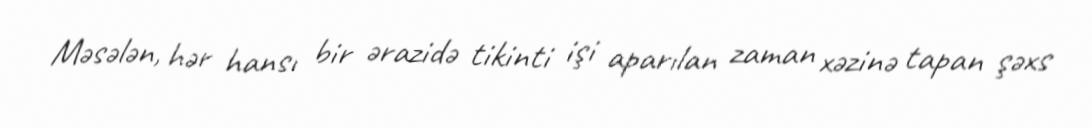
Məsələn, hər hansı bir ərazidə tikinti işi aparılan zaman xəzinə tapan şəxs